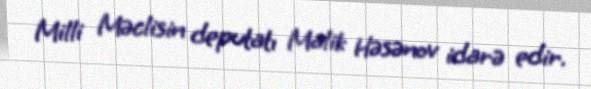
Milli Məclisin deputatı Malik Həsənov idarə edir.